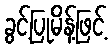
ခွင့်ပြုမိန့်ဖြင့်